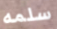
سلمه